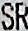
SR